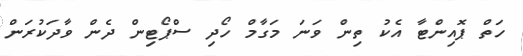
ހަތް ޕޮއިންޓާ އެކު ތިން ވަނަ މަގާމް ހޯދި ސްޕޯޓިން ދެން ވާދަކުރަން